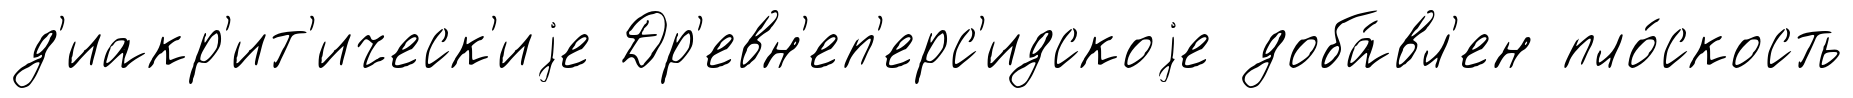
д'иакр'ит'ическ'иjе Др'евн'еп'ерс'идскоjе доба́вл'ен пло́скость